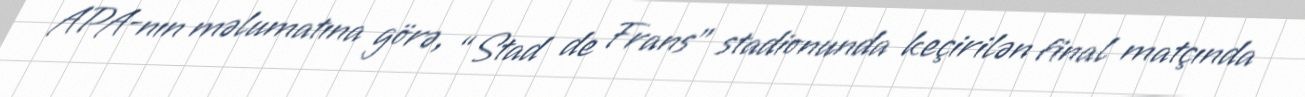
APA-nın məlumatına görə, “Stad de Frans” stadionunda keçirilən final matçında